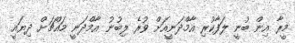
މީރާ އިން ބުނީ ލަފާކުރި އާމްދަނީއަށް ވުރެ ލިބުނު އާމްދަނީ މައްޗަށް ދިޔައީ